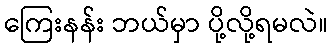
ကြေးနန်း ဘယ်မှာ ပို့လို့ရမလဲ။